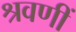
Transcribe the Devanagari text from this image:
श्रवणीं